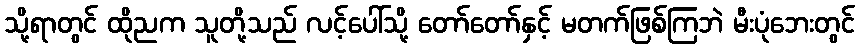
သို့ရာတွင် ထိုညက သူတို့သည် လင့်ပေါ်သို့ တော်တော်နှင့် မတက်ဖြစ်ကြဘဲ မီးပုံဘေးတွင်